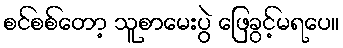
စင်စစ်တော့ သူစာမေးပွဲ ဖြေခွင့်မရပေ။